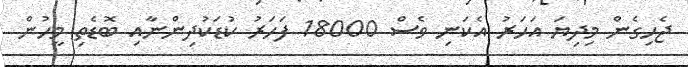
ޖެހިގެން މިދިޔަ އަހަރު އެކަނި ވެސް 18000 ފަހަރު ކުޑަކުދިންނާއި ބޮޑެތި މީހުން